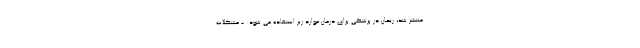
منتشر شد، ریحان در پزشکی برای درمان موارد زیر استفاده می شود: - مشکلات